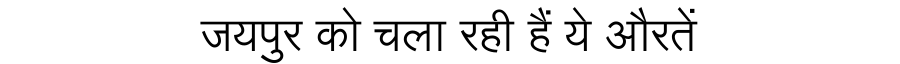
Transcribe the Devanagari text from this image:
जयपुर को चला रही हैं ये औरतें